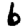
Digit: 6